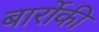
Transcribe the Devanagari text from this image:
बार्रोकी